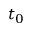
t _ { 0 }